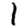
Digit: 1